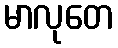
မာလုတေ